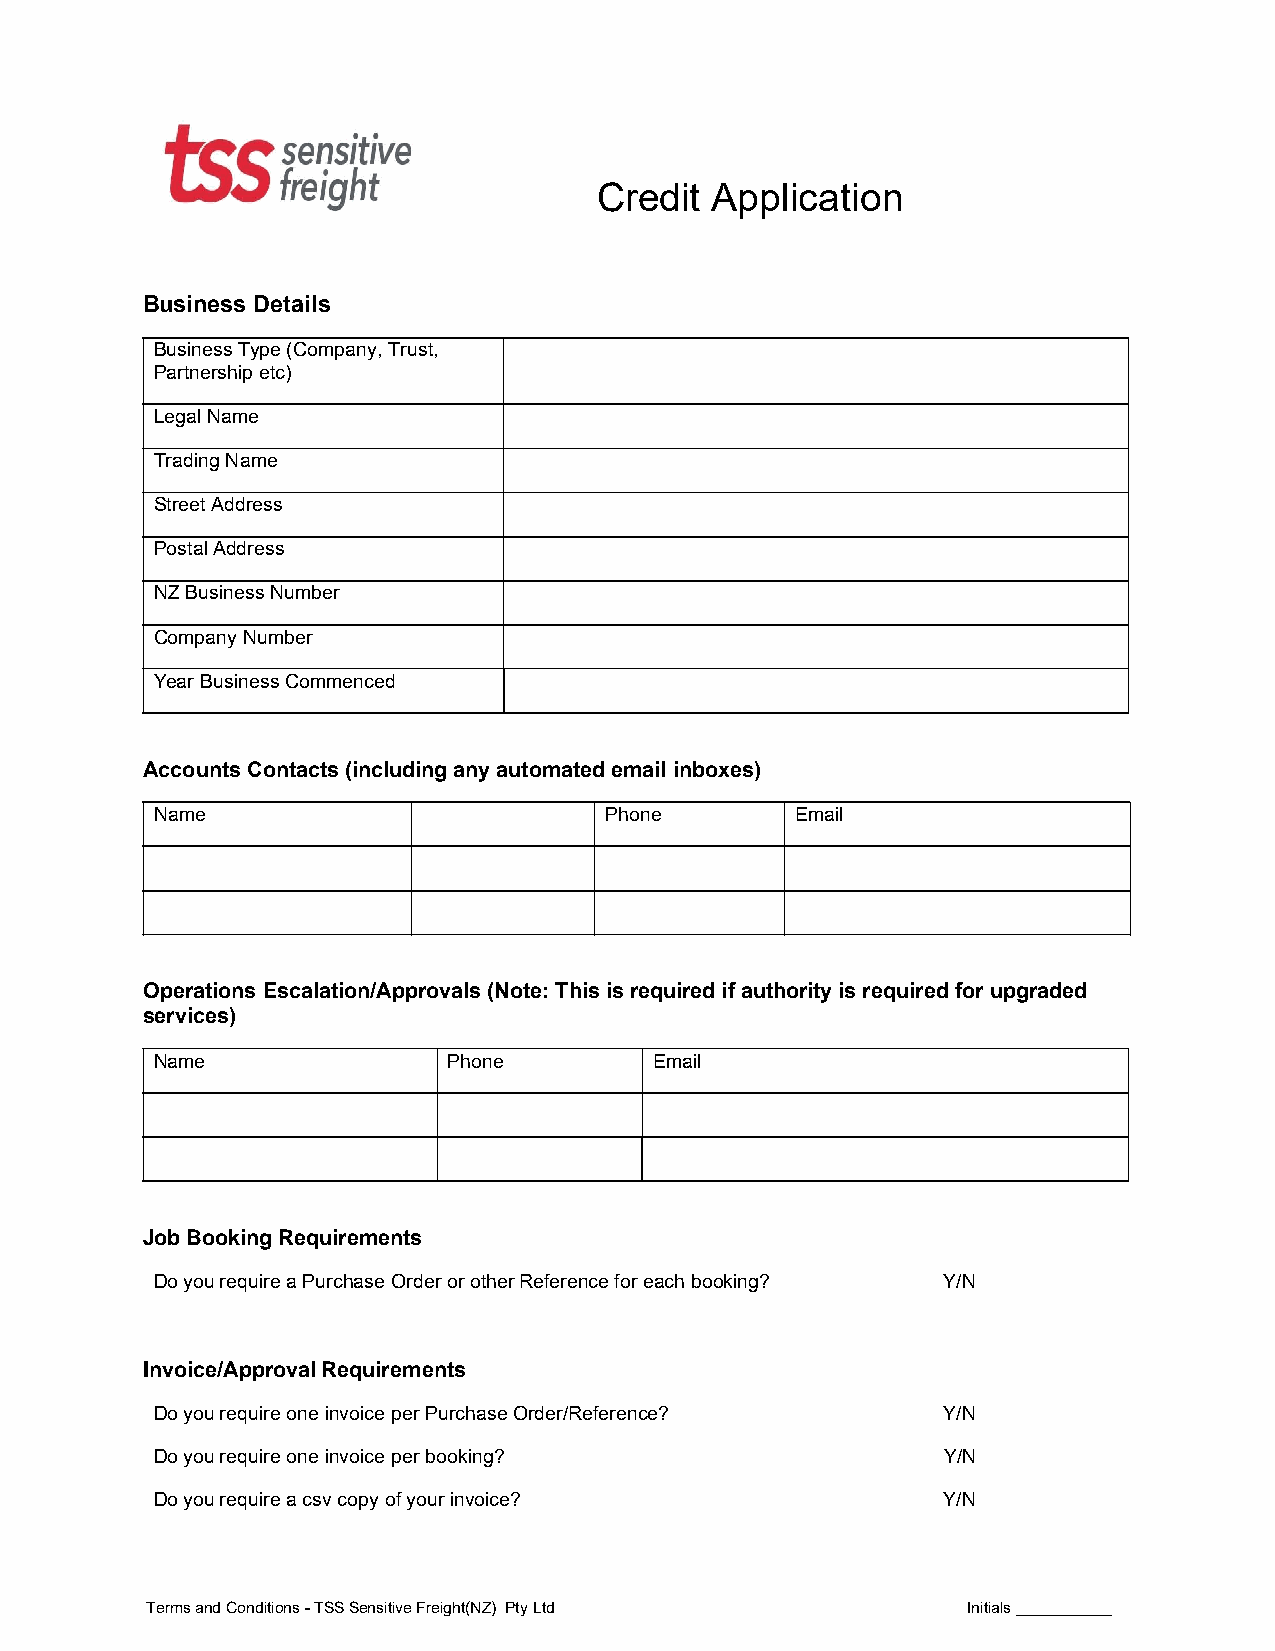
Credit Application
 Business Details
 Business Type (Company, Trust,
 Partnership etc)
 Legal Name
 Trading Name
 Street Address
 Postal Address
 NZ Business Number
 Company Number
 Year Business Commenced
 Accounts Contacts (including any automated email inboxes)
 Name                          Phone        Email
 Operations Escalation/Approvals (Note: This is required if authority is required for upgraded
 services)
 Name                Phone        Email
 Job Booking Requirements
 Do you require a Purchase Order or other Reference for each booking? Y/N
 Invoice/Approval Requirements
 Do you require one invoice per Purchase Order/Reference? Y/N
 Do you require one invoice per booking?             Y/N
 Do you require a csv copy of your invoice?          Y/N
 Terms and Conditions - TSS Sensitive Freight(NZ) Pty Ltd Initials ___________